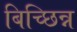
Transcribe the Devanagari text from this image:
बिच्छिन्न